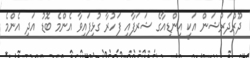
ދޫރްދަރުޝަން އަކީ އިންޑިއާގެ ޝަރަފާއި ފަހުރާ ގުޅިފައިވާ އެންމެ ބޮޑު އަދި އެންމެ